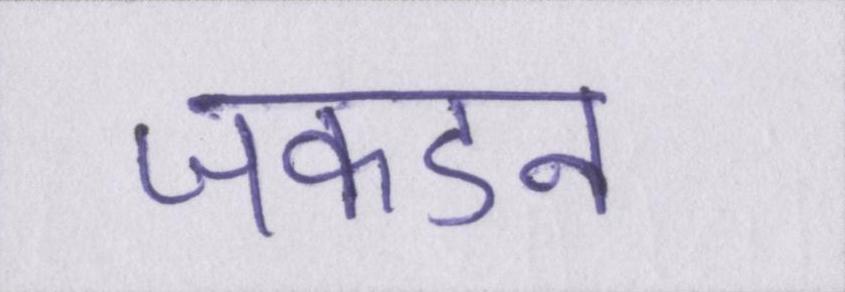
जकडन